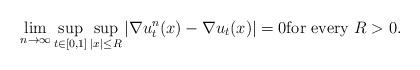
LaTeX: \begin{align*}\lim_{n\to\infty}\sup_{t\in[0,1]}\sup_{|x|\leq R}|\nabla u^n_t(x)-\nabla u_t(x)|=0\hbox{for every } R>0.\end{align*}